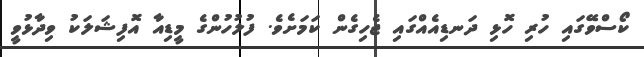
ކޯސްވޭގައި ހުރި ހޮޅި ދަނޑިއެއްގައި ޖެހިގެން ކަމަށެވެ. ފުލުހުންގެ މީޑިއާ އޮފިޝަލަކު ވިދާޅުވީ